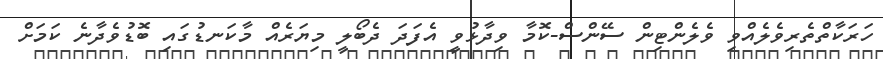
ހަރަކާތްތެރިވެލެއްވި ވެލެންޓިން ސޭންސް-ކޮމާ ވިދާޅުވީ އެފަދަ ދެބޯލީ މިޔަރެއް މާކަނޑުގައި ބޮޑުވެދާނެ ކަމަށް